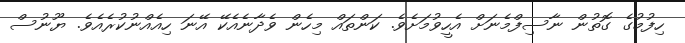
ހިފުމުގެ ގޮތުން ނާސިފްމެނަށް އެހީވުމަށެވެ. ކަންތައް މިހެން ވެދާނެއެކޭ އޭނަ ހިއެއްނުކުރެއެވެ. ޔޫނުސް